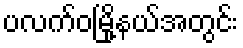
ပလက်ဝမြို့နယ်အတွင်း